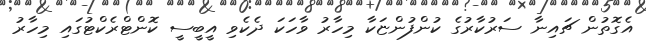
އެގޮތުން ޗައިނާ ސަރުކާރުގެ ކުންފުންޏަކާ މިހާރު ވާހަކަ ދެކެވި އީބީސީ ކޮންޓްރެކްޓުގައި މިހާރު